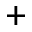
^ +